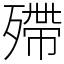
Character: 殢